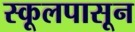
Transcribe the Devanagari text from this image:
स्कूलपासून